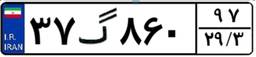
۴۳گ۱۶۴۳۳